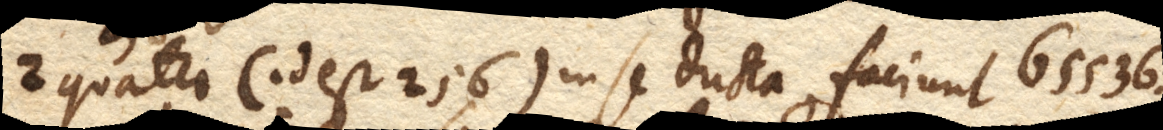
2 quater (id est 256) in se ducta faciunt 65536.